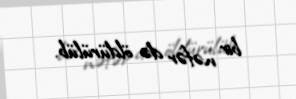
bir nəfər də öldürülüb.